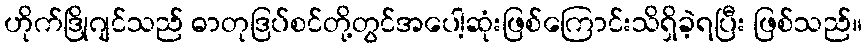
ဟိုက်ဒြိုဂျင်သည် ဓာတုဒြပ်စင်တို့တွင်အပေါ့ဆုံးဖြစ်ကြောင်းသိရှိခဲ့ရပြီး ဖြစ်သည်။